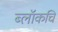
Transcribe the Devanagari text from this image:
ब्लॉकचि